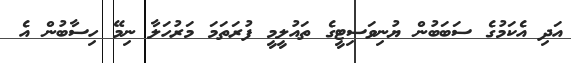
އަދި އެކަމުގެ ސަބަބުން ޔުނިވަސިޓީގެ ތައުލީމީ ފުރަތަމަ މަރުހަލާ ނިމޭ ހިސާބުން އެ